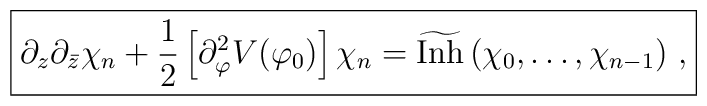
\fbox{$\displaystyle\partial_z\partial_{\bar{z}}\chi_n+\frac{1}{2}\left[\partial_{\varphi}^2V(\varphi_0)\right]\chi_n=\widetilde{\mbox{Inh}}\left(\chi_0,\ldots, \chi_{n-1}\right)\,,$}